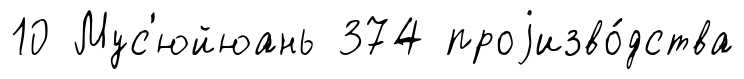
10 Мус'юйюань 374 проjизво́дства